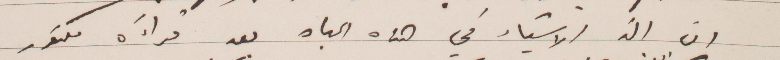
ان الذ الأشياء في هذه الحاة بعد قراءة فكتور